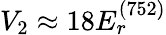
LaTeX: V_{2}\approx 18E_{r}^{(752)}